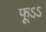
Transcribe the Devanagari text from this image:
फूऽऽ